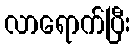
လာရောက်ပြီး